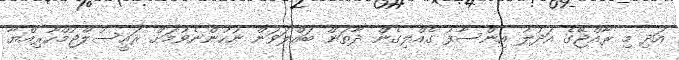
އަދި މި ރާއްޖޭގެ އަދުލު އިންސާފު ގެއްލިގެން ދާތަން ބައްލަވަން ނުހުންނެވުމަށް ރައީސުލްޖުމްހޫރިއްޔާ